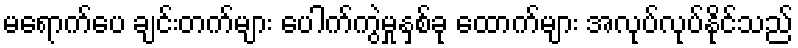
မရောက်ပေ ချင်းတက်များ ပေါက်ကွဲမှုနှစ်ခု ထောက်များ အလုပ်လုပ်နိုင်သည်